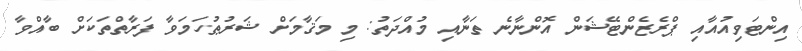
އިންޓަވިއުއާއި ޕްރެޒެންޓޭޝަން އޮންނާނެ ތަނާއި މުއްދަތު: މި މަޤާމަށް ޝަރުޠުހަމަވާ ފަރާތްތަކަށް ބާއްވާ